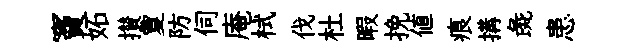
竇妬攅夐防伺庵栻伐杜暇挽値痕搆彘患